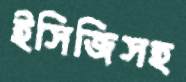
ইসিজিসহ